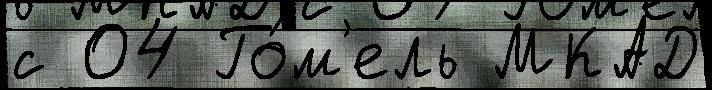
с 04 Го́м'ель МКАД